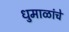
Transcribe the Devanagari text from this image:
धुमाळांचे